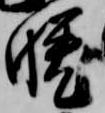
晩